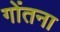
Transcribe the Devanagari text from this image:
गोंतना